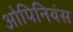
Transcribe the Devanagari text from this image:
ओपिनियंस